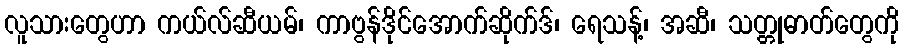
လူသားတွေဟာ ကယ်လ်ဆီယမ်၊ ကာဗွန်ဒိုင်အောက်ဆိုက်ဒ်၊ ရေသန့်၊ အဆီ၊ သတ္တုဓာတ်တွေကို